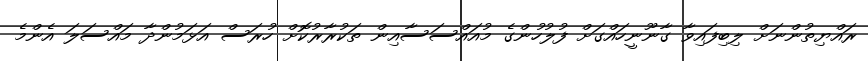
ރައްޔިތުންނަށް ލިބިފައިވާ ގާނޫނީހައްގަށް ފުލުހުންގެ މުއައްސަސާއިން ތަކުރާރުކޮށް ހުރަސް އަޅަމުންދާ މައްސަލަ އެންމެ